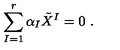
\sum _ { I = 1 } ^ { r } \alpha _ { I } \tilde { X } ^ { I } = 0 \ .